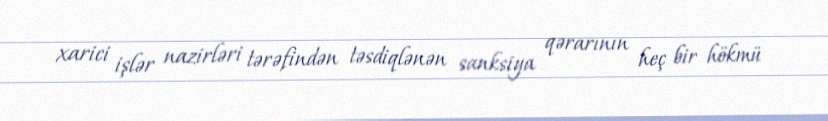
xarici işlər nazirləri tərəfindən təsdiqlənən sanksiya qərarının heç bir hökmü